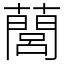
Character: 䕡